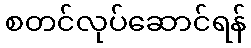
စတင်လုပ်ဆောင်ရန်